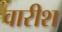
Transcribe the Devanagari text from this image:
वारीश